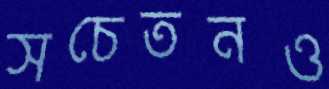
সচেতনও